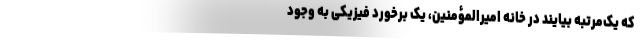
که یک‌مرتبه بیایند در خانه امیرالمؤمنین، یک برخورد فیزیکی به وجود